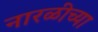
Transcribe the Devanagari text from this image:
नारळीच्या